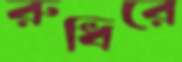
রুধিরে